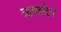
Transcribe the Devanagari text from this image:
ऋषबदेव